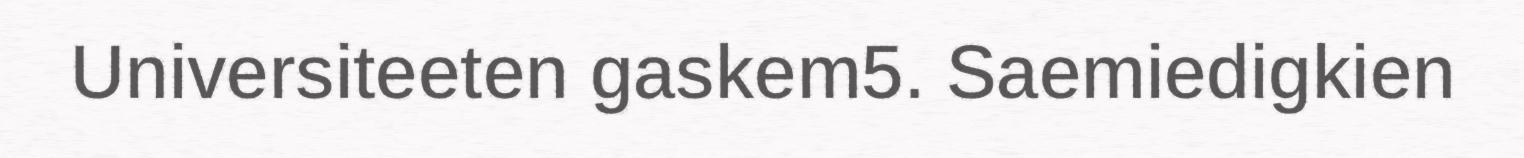
Universiteeten gaskem5. Saemiedigkien